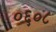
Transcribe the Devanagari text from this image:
०६०८